Document type: Sale
Year: 1435
Scribe: Pere Soler
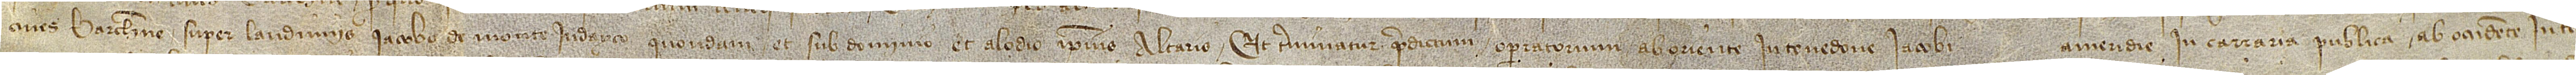
cives Barchinone super laudimiis Iacobo de Monte Iudayco, quondam, et sub dominio et alodio ipsius altaris. Et terminatur predictum operatorium ab oriente in tenedone Iacobi (...), a meridie in carraria publica, ab occidente in te-